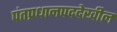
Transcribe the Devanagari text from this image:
पंतप्रधानपददेखील